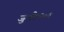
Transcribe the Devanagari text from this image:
जुलै१९०६